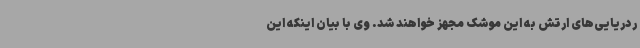
ردریایی‌های ارتش به این موشک مجهز خواهند شد. وی با بیان اینکه این